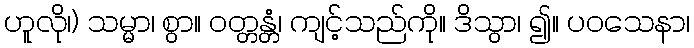
ဟူလို၊) သမ္မာ၊ စွာ။ ဝတ္တန္တံ၊ ကျင့်သည်ကို။ ဒိသွာ၊ ၍။ ပဝသေနာ၊